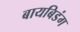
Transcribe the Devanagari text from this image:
बायबिडंग